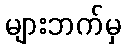
များဘက်မှ